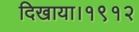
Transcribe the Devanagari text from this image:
दिखाया।१९१२